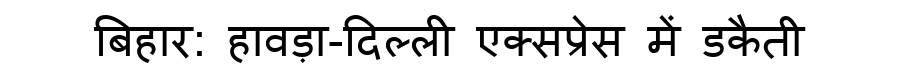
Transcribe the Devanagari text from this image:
बिहार: हावड़ा-दिल्ली एक्सप्रेस में डकैती